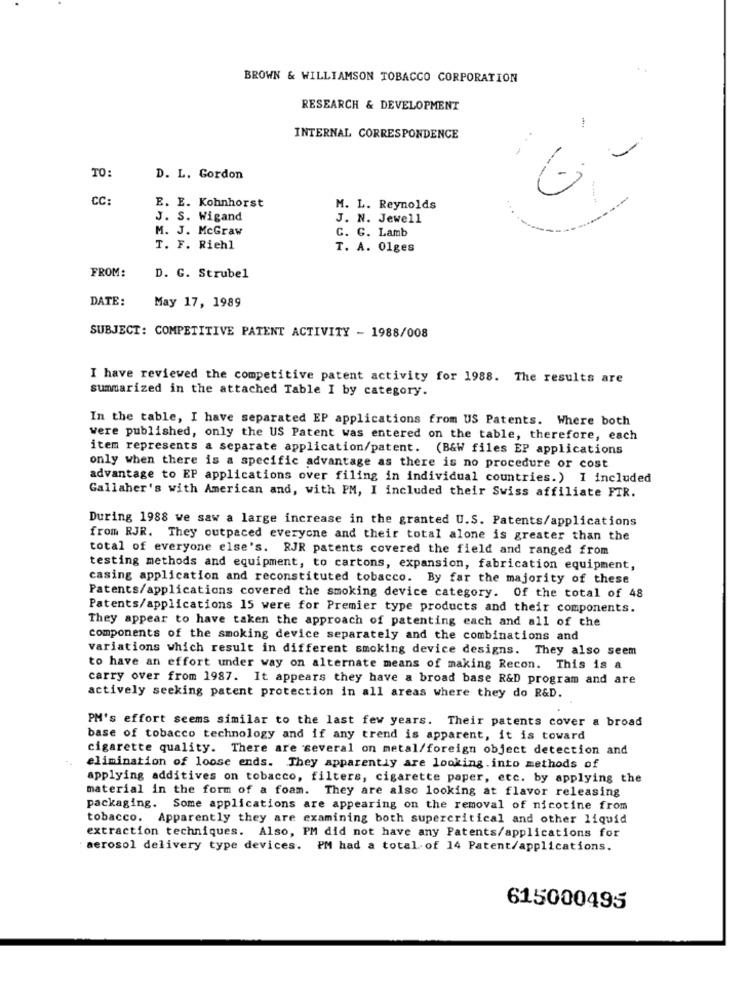
BROWN & WILLIAMSON TOBACCO CORPORATION
RESEARCH & DEVELOPMENT
INTERNAL CORRESPONDENCE
TO:
--
D. L. Gordon
CC:
E. E. Kohnhorst
M. L. Reynolds
J. S. Wigand
J. N. Jewell
M. J. McGraw
C. G. Lamb
T. F. Riehl
T. A. 01ges
FROM:
D. G. Strubel
DATE:
May 17, 1989
SUBJECT: COMPETITIVE PATENT ACTIVITY - 1988/008
I have reviewed the competitive patent activity for 1988. The results are
summarized in the attached Table I by category.
In the table, I have separated EP applications from US Patents. Where both
were published, only the US Patent was entered on the table, therefore, each
item represents a separate application/patent. (B&W files EP applications
only when there is a specific advantage as there is no procedure or cost
advantage to EP applications over filing in individual countries.) I included
Gallaher's with American and, with PM, I included their Swiss affiliate FIR.
During 1988 we saw a large increase in the granted U.S. Patents/applications
from RJR. They outpaced everyone and their total alone is greater than the
total of everyone else's. RJR patents covered the field and ranged from
testing methods and equipment, to cartons, expansion, fabrication equipment,
casing application and reconstituted tobacco. By far the majority of these
Patents/applications covered the smoking device category. Of the total of 48
Patents/applications 15 were for Premier type products and their components.
They appear to have taken the approach of patenting each and all of the
components of the smoking device separately and the combinations and
variations which result in different smoking device designs. They also seem
to have an effort under way on alternate means of making Recon. This is a
carry over from 1987. It appears they have a broad base R&D program and are
actively seeking patent protection in all areas where they do R&D.
PM's effort seems similar to the last few years. Their patents cover a broad
base of tobacco technology and if any trend is apparent, it is toward
cigarette quality. There are several on metal/foreign object detection and
elimination of loose ends. They apparently are looking.into methods of
applying additives on tobacco, filters, cigarette paper, etc. by applying the
material in the form of a foam. They are also looking at flavor releasing
packaging. Some applications are appearing on the removal of nicotine from
tobacco. Apparently they are examining both supercritical and other liquid
extraction techniques. Also, PM did not have any Patents/applications for
aerosol delivery type devices. PM had a total of 14 Patent/applications.
615000495